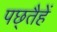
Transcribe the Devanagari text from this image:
पछ्तैहें